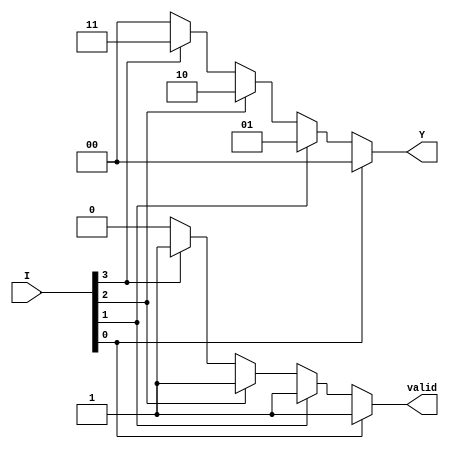
module priority_encoder (
    input wire [3:0] I,    // 4 input lines
    output reg [1:0] Y,    // 2 output lines for binary encoding
    output reg valid        // Output to indicate if any input is active
);

always @(*) begin
    // Default values
    Y = 2'b00; // Default output
    valid = 1'b0; // Default valid output

    // Priority encoding logic
    if (I[0]) begin
        Y = 2'b00; // I0 is active
        valid = 1'b1;
    end else if (I[1]) begin
        Y = 2'b01; // I1 is active
        valid = 1'b1;
    end else if (I[2]) begin
        Y = 2'b10; // I2 is active
        valid = 1'b1;
    end else if (I[3]) begin
        Y = 2'b11; // I3 is active
        valid = 1'b1;
    end
end

endmodule